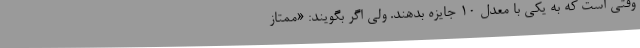
وقتی است که به یکی با معدّل ۱۰ جایزه بدهند. ولی اگر بگویند: «ممتاز